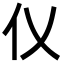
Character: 𪜧